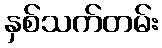
နှစ်သက်တမ်း